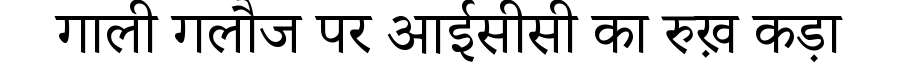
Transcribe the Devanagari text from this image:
गाली गलौज पर आईसीसी का रुख़ कड़ा